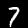
Label: 7